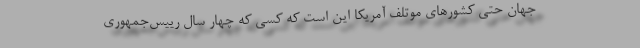
جهان حتی کشورهای موتلف آمریکا این است که کسی که چهار سال رییس‌جمهوری